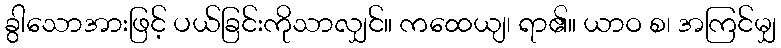
ခွါသောအားဖြင့် ပယ်ခြင်းကိုသာလျှင်။ ကထေယျ၊ ရာ၏။ ယာဝ စ၊ အကြင်မျှ